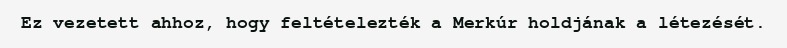
Ez vezetett ahhoz, hogy feltételezték a Merkúr holdjának a létezését.